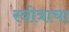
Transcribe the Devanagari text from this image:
स्त्रोत्राचा